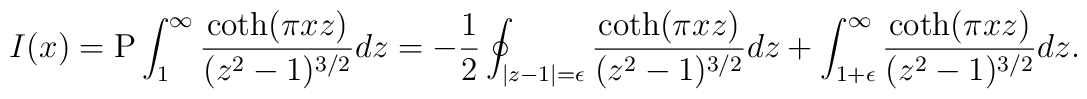
I(x) = {\rm P}\int_1^\infty \frac{\coth(\pi x z)}{(z^2-1)^{3/2}}dz = - \frac{1}{2} \oint_{|z-1| = \epsilon} \frac{\coth(\pi x z)}{(z^2-1)^{3/2}} dz + \int_{1+\epsilon}^\infty\frac{\coth(\pi x z)}{(z^2-1)^{3/2}}dz.